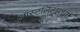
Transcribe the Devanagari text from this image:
ऑस्टर्लिट्झच्या